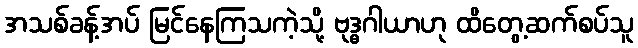
အသစ်ခန့်အပ် မြင်နေကြသကဲ့သို့ ဗုဒ္ဓဂါယာဟု ထိတွေ့ဆက်စပ်သူ